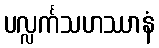
ပလ္လင်္ကသဟဿာနံ